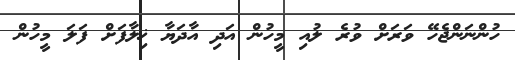
ހުންނަންޖެހޭ ވަރަށް ވުރެ ލުއި މީހުން އަދި އާދަޔާ ޚިލާފަށް ފަލަ މީހުން